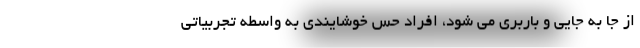
از جا به جایی و باربری می شود، افراد حس خوشایندی به واسطه تجربیاتی